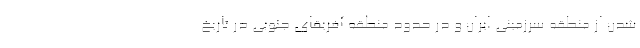
شدن از منطقه سرزمینی ایران و در حدود منطقه آفریقای جنوبی در تاریخ